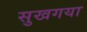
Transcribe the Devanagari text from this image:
सुखगया